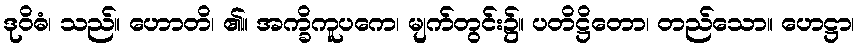
ဒုဝိဓံ၊ သည်။ ဟောတိ၊ ၏။ အက္ခိကူပကေ၊ မျက်တွင်း၌။ ပတိဋ္ဌိတော၊ တည်သော။ ဟေဋ္ဌာ၊